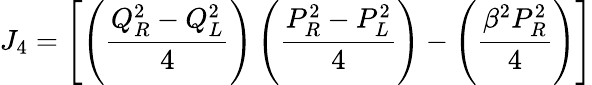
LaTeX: J_{4}=\left[\left({\frac{Q_{R}^{2}-Q_{L}^{2}}{4}}\right)\left({\frac{P_{R}^{2}-P_{L}^{2}}{4}}\right)-\left({\frac{\beta^{2}P_{R}^{2}}{4}}\right)\right]